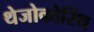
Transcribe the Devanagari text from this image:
थेजोकोरिंथ